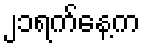
၂၁ရက်နေ့က